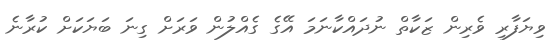
ވިޔަފާރި ވެރިން ޒަކާތް ނުދައްކާނަމަ އޭގެ ގެއްލުން ވަރަށް ގިނަ ބަޔަކަށް ކުރާނެ